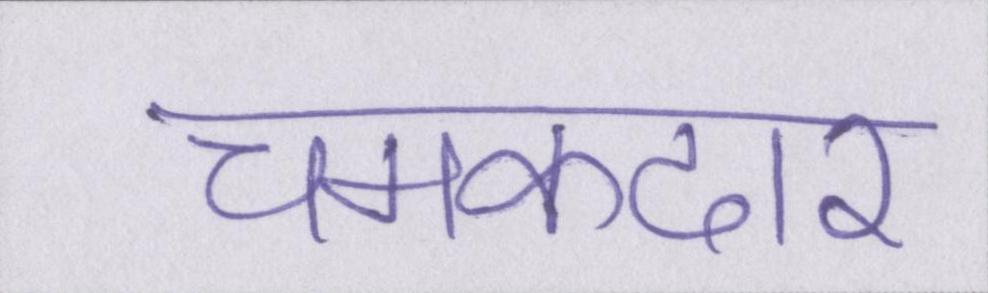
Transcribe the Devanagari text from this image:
चमकदार